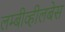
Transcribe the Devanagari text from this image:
लम्बीव्हीलबेस